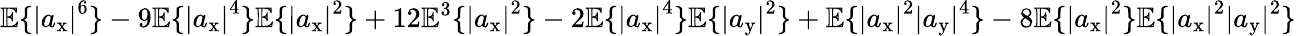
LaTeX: \mathbb{E}\{ \left|a_{\mathrm{x}}\right|^{6}\} -9\mathbb{E}\{ \left|a_{\mathrm{x}}\right|^{4}\} \mathbb{E}\{ \left|a_{\mathrm{x}}\right|^{2}\} +12\mathbb{E}^{3}\{ \left|a_{\mathrm{x}}\right|^{2}\} -2\mathbb{E}\{ \left|a_{\mathrm{x}}\right|^{4}\} \mathbb{E}\{ \left|a_{\mathrm{y}}\right|^{2}\} +\mathbb{E}\{ \left|a_{\mathrm{x}}\right|^{2}\left|a_{\mathrm{y}}\right|^{4}\} -8\mathbb{E}\{ \left|a_{\mathrm{x}}\right|^{2}\} \mathbb{E}\{ \left|a_{\mathrm{x}}\right|^{2}\left|a_{\mathrm{y}}\right|^{2}\}